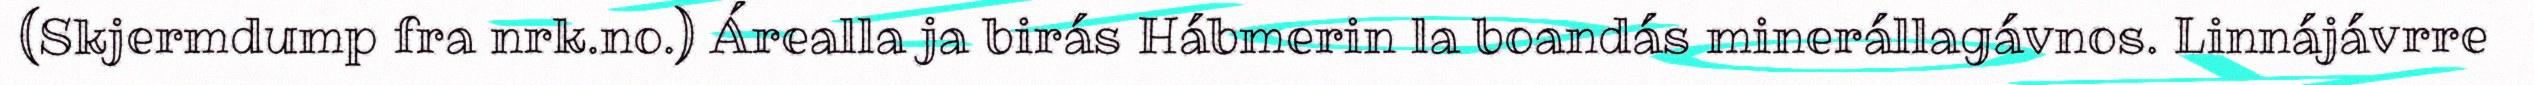
(Skjermdump fra nrk.no.) Árealla ja birás Hábmerin la boandás minerállagávnos. Linnájávrre